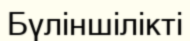
Бүліншілікті